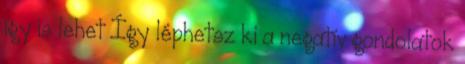
így is lehet Így léphetsz ki a negatív gondolatok